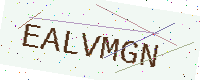
Text: EALVMGN